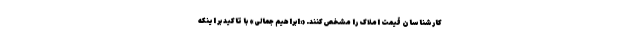
کارشناسان قیمت املاک را مشخص کنند. «ابراهیم جمالی» با تاکید بر اینکه